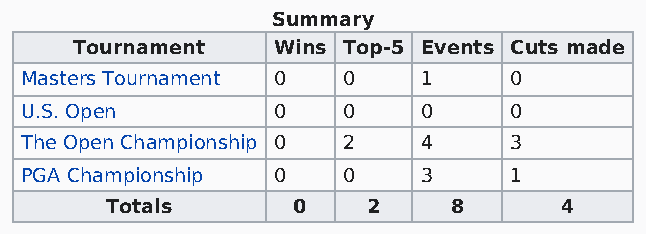
Summary
 Tournament   Wins Top-5 Events Cuts made
 Masters Tournament 0  0    1     0
 U.S. Open        0    0    0     0
 The Open Championship 0 2  4     3
 PGA Championship 0    0    3     1
 Totals      0    2     8      4